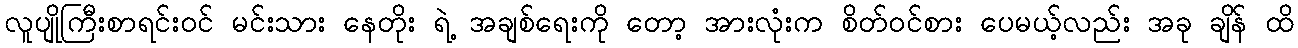
လူပျိုကြီးစာရင်းဝင် မင်းသား နေတိုး ရဲ့ အချစ်ရေးကို တော့ အားလုံးက စိတ်ဝင်စား ပေမယ့်လည်း အခု ချိန် ထိ